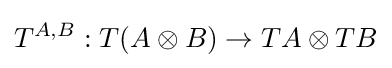
T^{A,B}:T(A\otimes B)\to TA\otimes TB